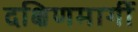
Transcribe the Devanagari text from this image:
दक्षिणमार्गी